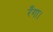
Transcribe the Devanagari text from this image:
रँगा।